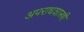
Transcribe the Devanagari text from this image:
अपराधशास्त्री